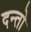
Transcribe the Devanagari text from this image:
दन्तो